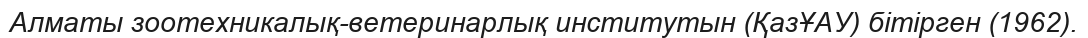
Алматы зоотехникалық-ветеринарлық институтын (ҚазҰАУ) бітірген (1962).